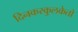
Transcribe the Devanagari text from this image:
दिनकरकुलकेतो